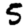
Digit: 5